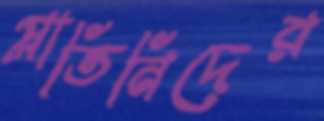
প্লাতিনিদের